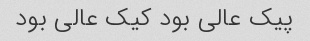
پیک عالی بود کیک عالی بود